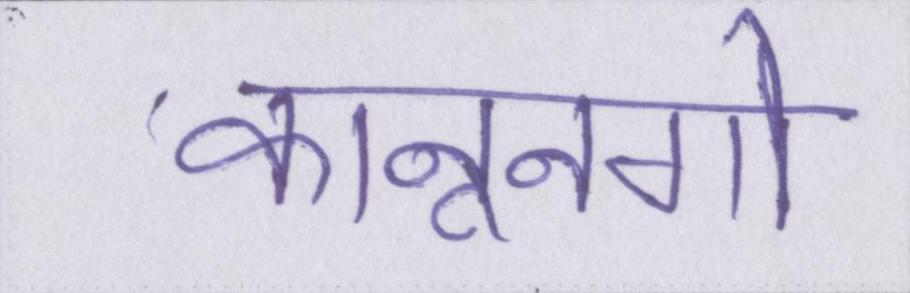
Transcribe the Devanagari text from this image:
कानूनगो